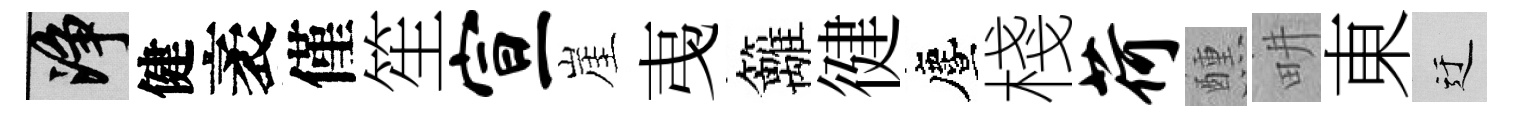
净健袤僅笙宣崖𢎯籬徤󵨌棧荷醺畊東迂